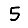
Digit: 5